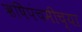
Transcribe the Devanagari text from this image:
ऋषिपंचमीच्या